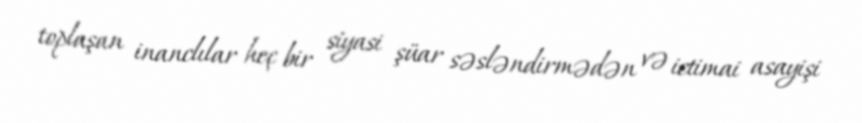
toplaşan inanclılar heç bir siyasi şüar səsləndirmədən və ictimai asayişi